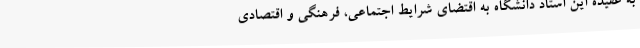
به عقیده این استاد دانشگاه به اقتضای شرایط اجتماعی، فرهنگی و اقتصادی